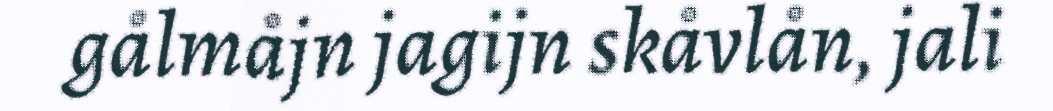
gålmåjn jagijn skåvlån, jali